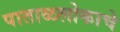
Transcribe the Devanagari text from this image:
पाताळलोकाचे